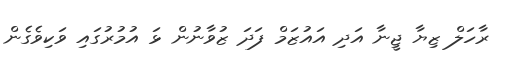
ރާހަލް ޒިޔާ ޖީނާ އަދި އައުޒަމް ފަދަ ޒުވާނުން ޅަ އުމުރުގައި ވަކިވެގެން